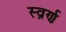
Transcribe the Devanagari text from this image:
स्व्रर्ण